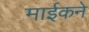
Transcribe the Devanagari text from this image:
माईकने